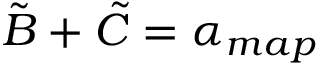
\tilde { B } + \tilde { C } = \alpha _ { m a p }